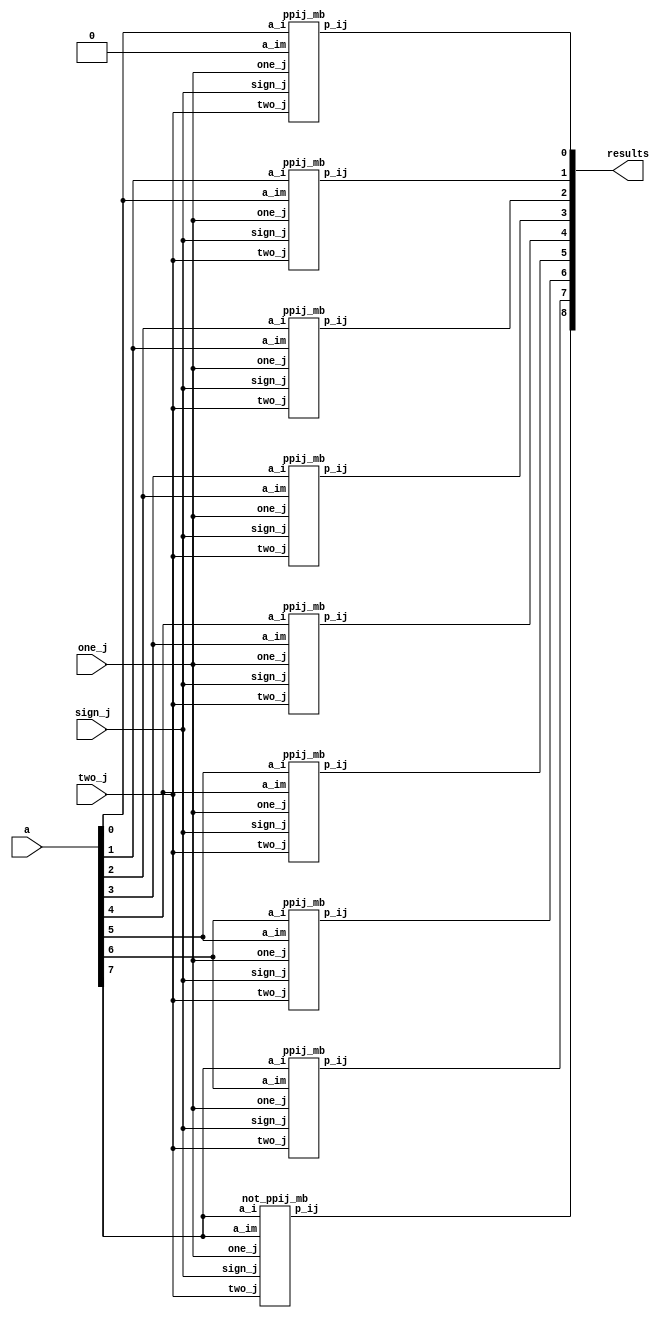
// Generatory produktow czesciowych (cale bloki i pojedyncze kolumny)

// -- Modul generatora produktu czesciowego mnozenia dla MB -- //
module pp_mb_generator(a, one_j, two_j, sign_j, results);
	input [7:0] a; 
	input one_j, two_j, sign_j;
	output [8:0] results;

	genvar i;
	for(i=0;i<9;i=i+1) begin
		if(i == 0) begin 
			ppij_mb ppij1(a[i], 1'b0, one_j, two_j, sign_j, results[i]);
		end
		else if( i < 8 )begin 
			ppij_mb ppij2(a[i], a[i-1], one_j, two_j, sign_j, results[i]);
		end else if( i == 8) begin
			not_ppij_mb nppjn(a[i-1], a[i-1], one_j, two_j, sign_j, results[i]);
		end
	end

endmodule


module ppij_mb(a_i, a_im, one_j, two_j, sign_j, p_ij);
	input a_i, a_im, one_j, two_j, sign_j;
	output p_ij;
	
	assign p_ij = ((a_i & one_j) | (a_im & two_j)) ^ sign_j;
	
endmodule

module not_ppij_mb(a_i, a_im, one_j, two_j, sign_j, p_ij);
	input a_i, a_im, one_j, two_j, sign_j;
	output p_ij;
	
	assign p_ij = ~(((a_i & one_j) | (a_im & two_j)) ^ sign_j);
	
endmodule

// -- Modul generatora produktu czesciowego mnozenia dla NR4SD- -- //

module pp_nr4sdm_generator(a, one_jp, one_jm, two_jm, results);
	input [7:0] a;
	input one_jp, one_jm, two_jm;
	output [8:0] results;
	
	genvar i;
	for(i=0;i<9;i=i+1) begin
		if(i == 0) begin
			ppij_nr4sdm ppij1(a[i], 1'b0, one_jp, one_jm, two_jm, results[i]);
		end
		else if(i < 8) begin
			ppij_nr4sdm ppij2(a[i], a[i-1], one_jp, one_jm, two_jm, results[i]);
		end else if( i == 8) begin
			not_ppij_nr4sdm nppin(a[i-1], a[i-1], one_jp, one_jm, two_jm, results[i]);
		end
	end
	
endmodule	


module ppij_nr4sdm(a_i, a_im, one_jp, one_jm, two_jm, p_ij);
	input a_i, a_im, one_jp, one_jm, two_jm;
	output p_ij;
	
	assign p_ij = (a_i & one_jp) ^ (~a_im & two_jm) ^ (~a_i & one_jm);
	
endmodule

module not_ppij_nr4sdm(a_i, a_im, one_jp, one_jm, two_jm, p_ij);
	input a_i, a_im, one_jp, one_jm, two_jm;
	output p_ij;
	
	assign p_ij = ~((a_i & one_jp) ^ (~a_im & two_jm) ^ (~a_i & one_jm));
	
endmodule

// -- Modul generatora produktu czesciowego mnozenia dla NR4SD+ -- //

module pp_nr4sdp_generator(a, one_jp, one_jm, two_jp, results);
	input [7:0] a;
	input one_jp, one_jm, two_jp;
	output [8:0] results;
	
	genvar i;
	for(i=0;i<9;i=i+1) begin
		if(i == 0) begin
			ppij_nr4sdp ppij1(a[i], 1'b0, one_jp, one_jm, two_jp, results[i]);
		end
		else if(i < 8) begin
			ppij_nr4sdp ppij2(a[i], a[i-1], one_jp, one_jm, two_jp, results[i]);
		end 
		else if(i == 8) begin
			not_ppij_nr4sdp ppin(a[i-1], a[i-1], one_jp, one_jm, two_jp, results[i]);
		end
	end
	
endmodule	


module ppij_nr4sdp(a_i, a_im, one_jp, one_jm, two_jp, p_ij);
	input a_i, a_im, one_jp, one_jm, two_jp;
	output p_ij;
	
	assign p_ij = (a_i & one_jp) ^ (a_im & two_jp) ^ (~a_i & one_jm);
	
endmodule

module not_ppij_nr4sdp(a_i, a_im, one_jp, one_jm, two_jp, p_ij);
	input a_i, a_im, one_jp, one_jm, two_jp;
	output p_ij;
	
	assign p_ij = ~((a_i & one_jp) ^ (a_im & two_jp) ^ (~a_i & one_jm));
	
endmodule